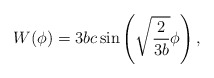
\begin{align*}W(\phi) = 3 b c \sin\left( \sqrt{ \frac{2}{3b}}\phi\right),\end{align*}